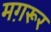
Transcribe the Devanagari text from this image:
मग़रूर